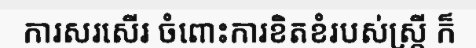
ការសរសើរ ចំពោះការខិតខំរបស់ស្ត្រី ក៏